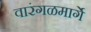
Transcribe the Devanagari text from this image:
वारंगळमार्गे